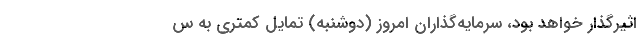
اثیرگذار خواهد بود، سرمایه‌گذاران امروز (دوشنبه) تمایل کمتری به س